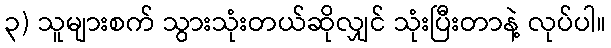
၃) သူများစက် သွားသုံးတယ်ဆိုလျှင် သုံးပြီးတာနဲ့ လုပ်ပါ။